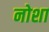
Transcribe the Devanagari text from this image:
नोशा